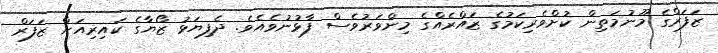
ޒަފަރްގެ މޫނުމަތިން ކުށްވެރިކަމުގެ ޒައްރެއްގެ މިންވަރުވެސް ފާޅުނުވެއެވެ. ދެފިޔަޅު ޒޯޔާގެ ކައިރިއަށް ޒަފަރް